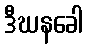
ဒီဃနခေါ